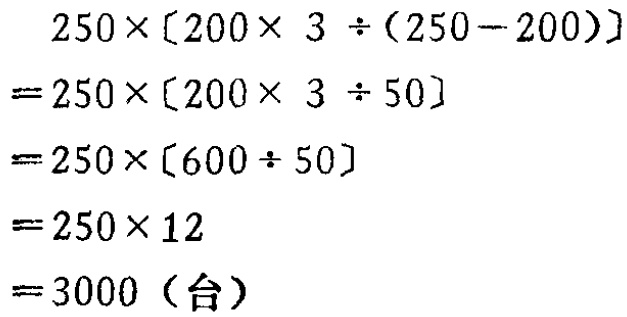
\[
\begin{align*}
&250\times[200\times 3\div(250 - 200)]\\
=&250\times[200\times 3\div 50]\\
=&250\times[600\div 50]\\
=&250\times 12\\
=&3000 \text{（台）}
\end{align*}
\]